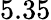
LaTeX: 5.35